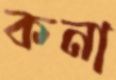
কনা